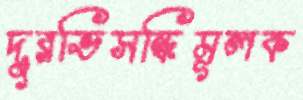
দুরভিসন্ধিমূলক